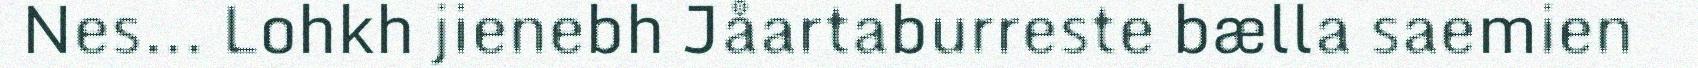
Nes... Lohkh jienebh Jåartaburreste bælla saemien